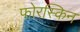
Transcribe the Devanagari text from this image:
फोरस्किन